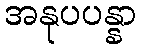
အနုပပန္နာ